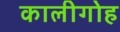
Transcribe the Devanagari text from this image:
कालीगोह